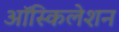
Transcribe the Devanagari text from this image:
ऑस्किलेशन